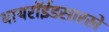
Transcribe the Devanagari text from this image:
थायरॉईडसारखे